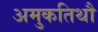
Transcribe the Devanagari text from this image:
अमुकतिथौ